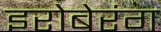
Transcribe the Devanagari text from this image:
इरोबेरंग